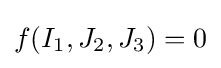
f(I_{1},J_{2},J_{3})=0